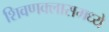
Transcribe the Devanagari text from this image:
शिवणक्लासमध्ये